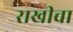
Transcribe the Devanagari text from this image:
राखीचा